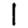
Digit: 1